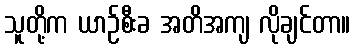
သူတို့က ယာဉ်စီးခ အတိအကျ လိုချင်တာ။